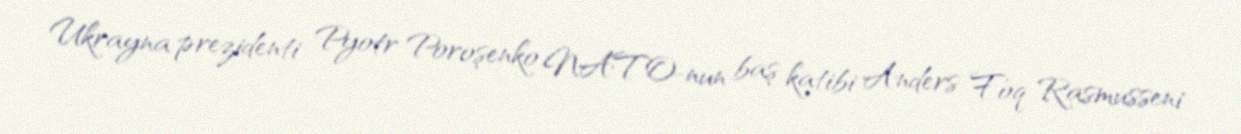
Ukrayna prezidenti Pyotr Poroşenko NATO-nun baş katibi Anders Foq Rasmusseni